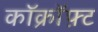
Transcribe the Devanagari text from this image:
कॉक्रॉफ़्ट